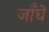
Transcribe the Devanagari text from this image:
जाँघें